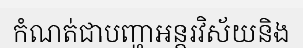
កំណត់ជាបញ្ហាអន្តរវិស័យនិង